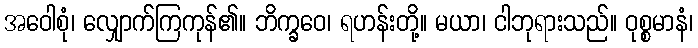
အဝေါစုံ၊ လျှောက်ကြကုန်၏။ ဘိက္ခဝေ၊ ရဟန်းတို့။ မယာ၊ ငါဘုရားသည်။ ဝုစ္စမာနံ၊